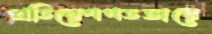
প্রতিবেশগতভাবে